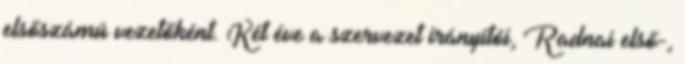
elsőszámú vezetőként. Két éve a szervezet irányítói, Radnai első-,